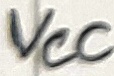
Text: VCC